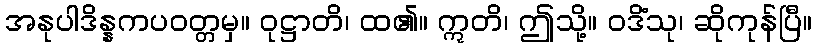
အနုပါဒိန္နကပဝတ္တမှ။ ဝုဋ္ဌာတိ၊ ထ၏။ ဣတိ၊ ဤသို့။ ဝဒိံသု၊ ဆိုကုန်ပြီ။